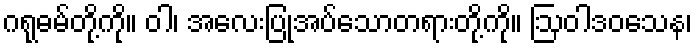
ဂရုဓမ်တို့ကို။ ဝါ၊ အလေးပြုအပ်သောတရားတို့ကို။ ဩဝါဒဝသေန၊